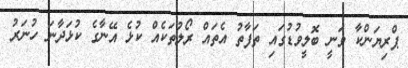
ޕްރިޔަންކާ ވަނީ ބޮލީވުޑުގައި ތަފާތު އެތައް ރޯލުތަކެއް ކުޅެ އޭނާގެ ކުޅަދާނަ ހުނަރު